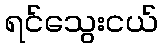
ရင်သွေးငယ်